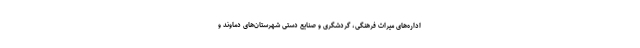
اداره‌های میراث فرهنگی، گردشگری و صنایع دستی شهرستان‌های دماوند و